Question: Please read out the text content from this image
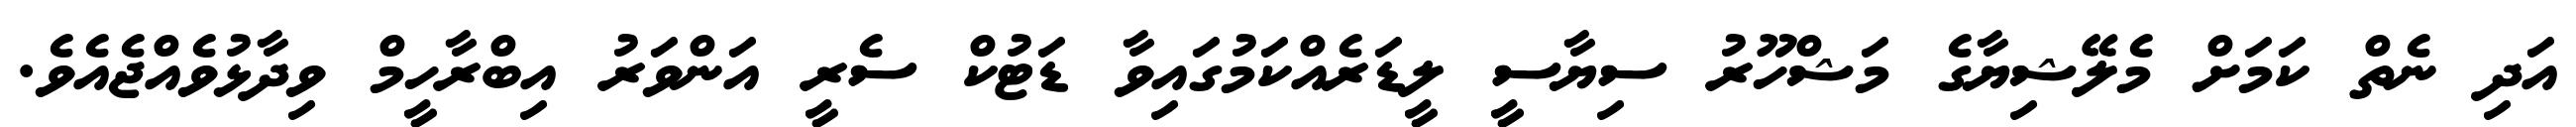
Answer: އަދި ނެތް ކަމަށް މެލޭޝިޔާގެ މަޝްހޫރު ސިޔާސީ ލީޑަރެއްކަމުގައިވާ ޑަޓުކް ސެރީ އަންވަރު އިބްރާހީމް ވިދާޅުވެއްޖެއެވެ.